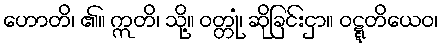
ဟောတိ၊ ၏။ ဣတိ၊ သို့။ ဝတ္တုံ၊ ဆိုခြင်းငှာ။ ဝဋ္ဋတိယေဝ၊